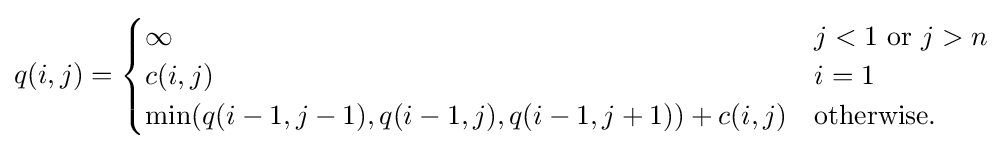
q(i,j)={\begin{cases}\infty &j<1{\text{ or }}j>n\\c(i,j)&i=1\\\min(q(i-1,j-1),q(i-1,j),q(i-1,j+1))+c(i,j)&{\text{otherwise.}}\end{cases}}